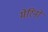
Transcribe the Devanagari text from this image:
मेरिनों